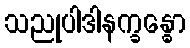
သညုပါဒါနက္ခန္ဓော